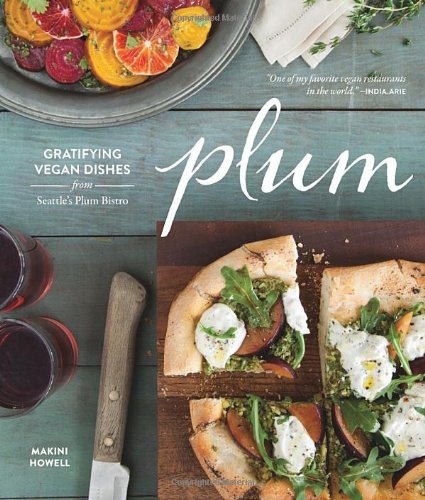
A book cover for Plum: Gratifying Vegan Dishes from Seattle's Plum Bistro; Makini Howell; Cookbooks, Food & Wine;